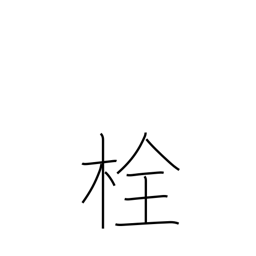
Meaning: plug